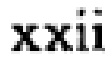
\text{xxii}